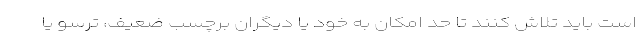
است باید تلاش کنند تا حد امکان به خود یا دیگران برچسب ضعیف، ترسو یا